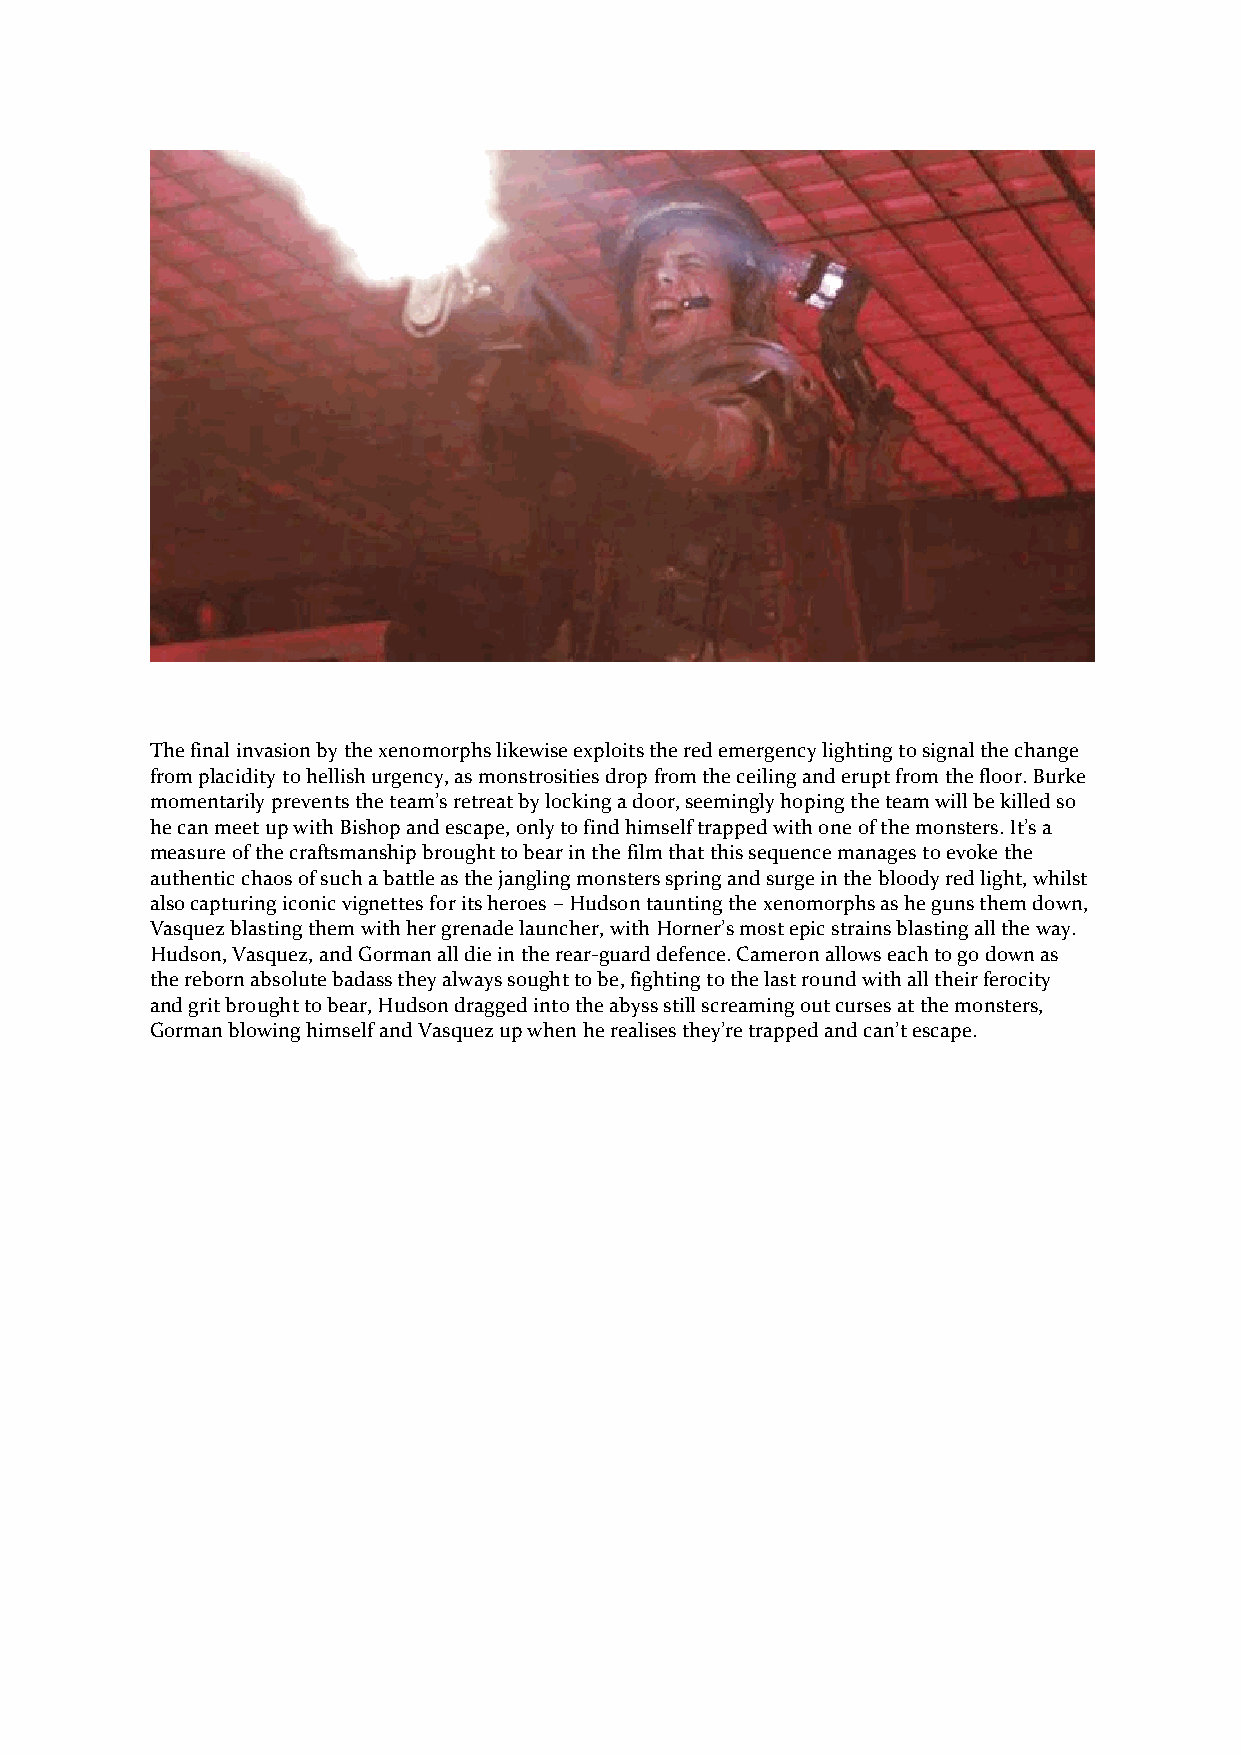
The final invasion by the xenomorphs likewise exploits the red emergency lighting to signal the change
 from placidity to hellish urgency, as monstrosities drop from the ceiling and erupt from the floor. Burke
 momentarily prevents the team’s retreat by locking a door, seemingly hoping the team will be killed so
 he can meet up with Bishop and escape, only to find himself trapped with one of the monsters. It’s a
 measure of the craftsmanship brought to bear in the film that this sequence manages to evoke the
 authentic chaos of such a battle as the jangling monsters spring and surge in the bloody red light, whilst
 also capturing iconic vignettes for its heroes – Hudson taunting the xenomorphs as he guns them down,
 Vasquez blasting them with her grenade launcher, with Horner’s most epic strains blasting all the way.
 Hudson, Vasquez, and Gorman all die in the rear-guard defence. Cameron allows each to go down as
 the reborn absolute badass they always sought to be, fighting to the last round with all their ferocity
 and grit brought to bear, Hudson dragged into the abyss still screaming out curses at the monsters,
 Gorman blowing himself and Vasquez up when he realises they’re trapped and can’t escape.